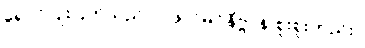
ရောင်ပြိုးပြက်သည်။ ။ ဖိုလ်မဂ်နိဗ္ဗာန် စူးစူးတည်း။